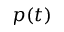
p ( t )